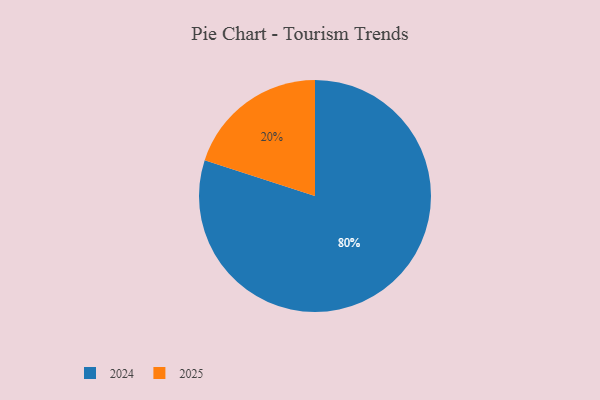
{"axis": {"x": "Category", "y": "Percentage"}, "legend": ["2024", "2025"], "data": [{"x": "2025", "y": 20, "type": "2025"}, {"x": "2024", "y": 80, "type": "2024"}]}